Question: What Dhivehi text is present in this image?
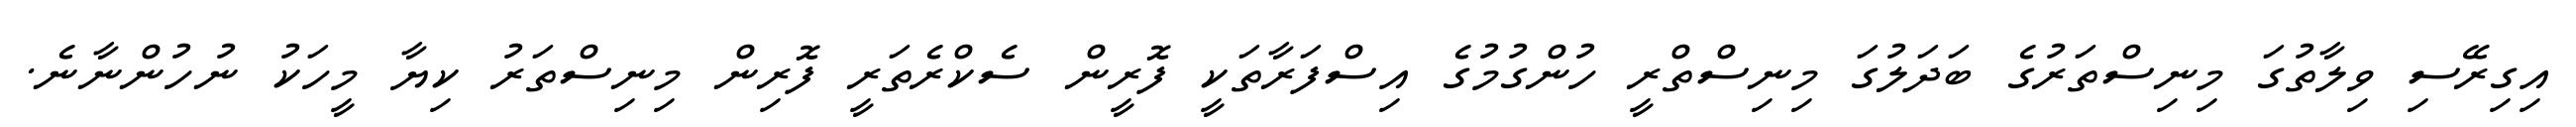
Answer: އިގިރޭސި ވިލާތުގަ މިނިސްތަރުގެ ބަދަލުގަ މިނިސްތްރީ ހުންގުމުގެ އިސްފަރާތަކީ ފޮރީން ސެކްރެތަރީ ފޮރިން މިނިސްތަރު ކިޔާ މީހަކު ނުހުންނާނެ.